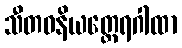
သီတဝနိယတ္ထေရဂါထာ